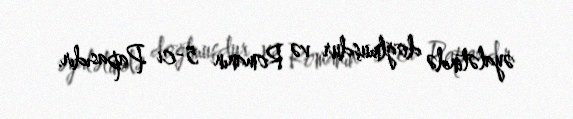
əyalətində doğlmuşdur və Romanın 5-ci Papasıdır.